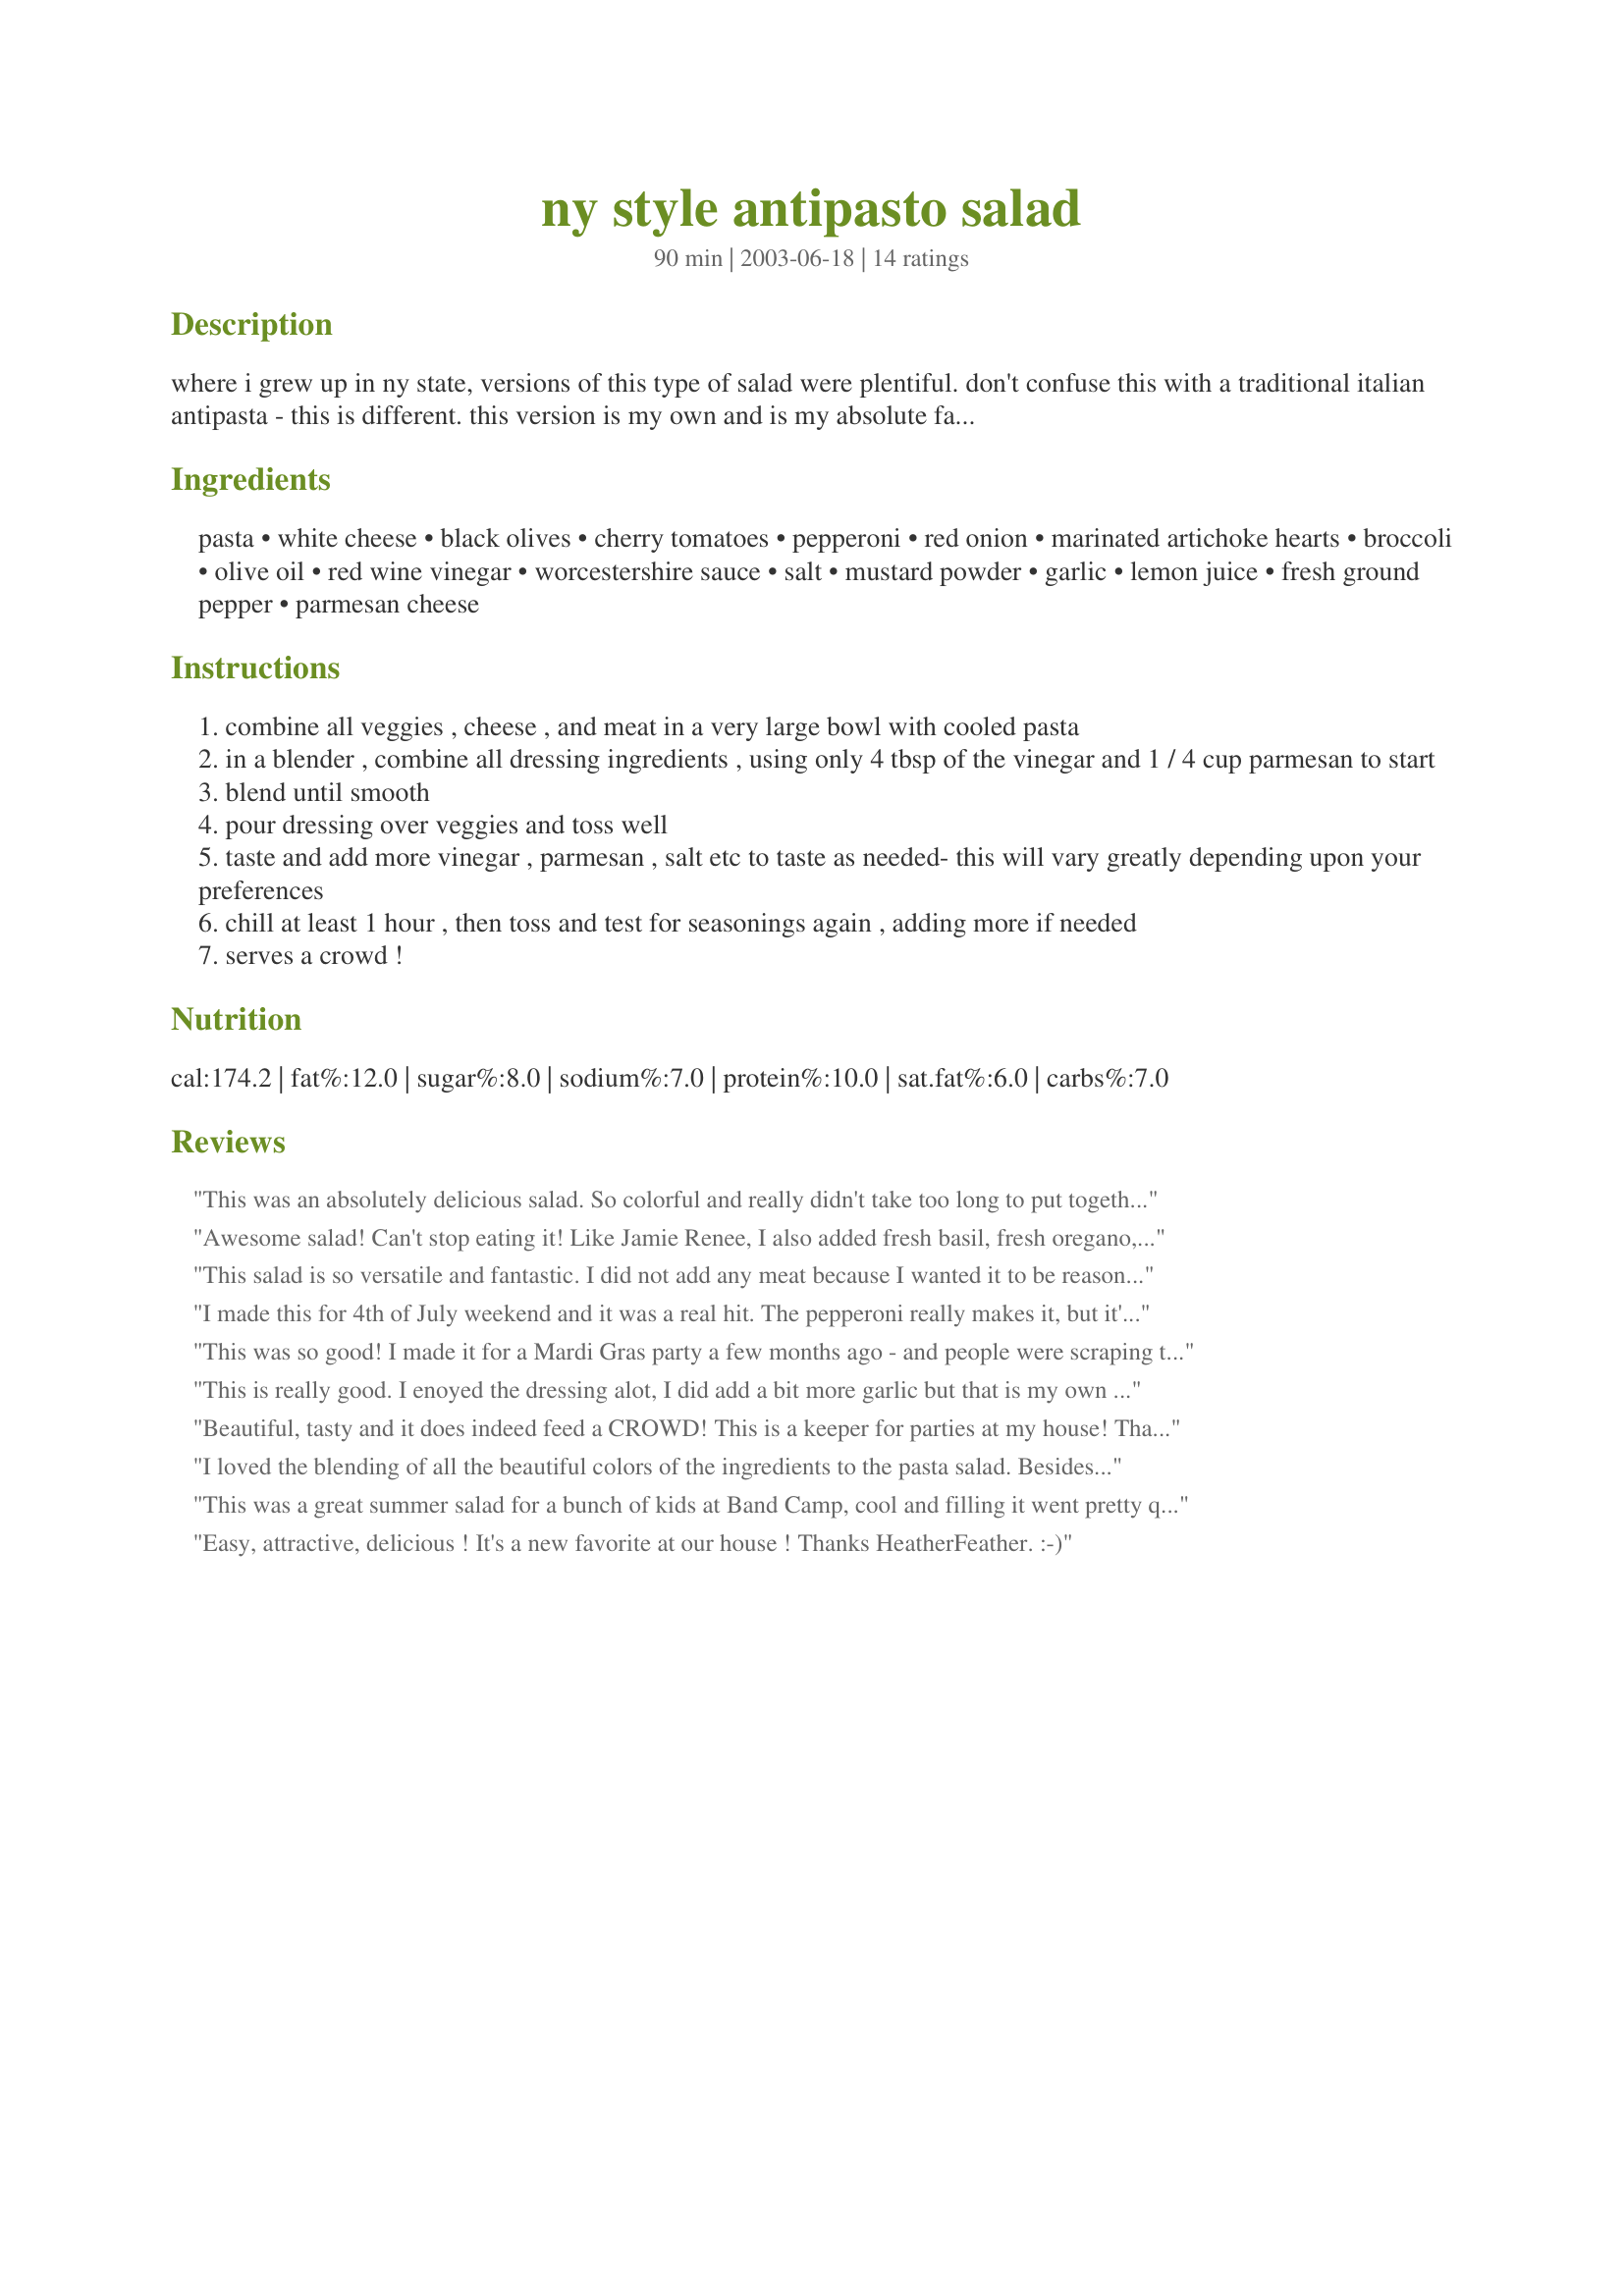
ny style antipasto salad
Preparation time: 90 minutes

where i grew up in ny state, versions of this type of salad were plentiful. don't confuse this with a traditional italian antipasta - this is different. this version is my own and is my absolute favorite pasta salad. i have brought this to many potlucks and it is always a big hit. i make this a lot during the summer and even serve a hearty portion of it for my lunch. it makes a ton - this is great for parties because it can be made a day ahead and keeps a couple of days covered in the fridge. prep time allows for chopping of veggies, etc and cooking the pasta. cook time is actually chilling time. i use skinner brand tri-color rotini spirals that come 12 ounces bags.

Ingredients:
pasta, white cheese, black olives, cherry tomatoes, pepperoni, red onion, marinated artichoke hearts, broccoli, olive oil, red wine vinegar, worcestershire sauce, salt, mustard powder, garlic, lemon juice, fresh ground pepper, parmesan cheese

Steps:
combine all veggies , cheese , and meat in a very large bowl with cooled pasta
in a blender , combine all dressing ingredients , using only 4 tbsp of the vinegar and 1 / 4 cup parmesan to start
blend until smooth
pour dressing over veggies and toss well
taste and add more vinegar , parmesan , salt etc to taste as needed- this will vary greatly depending upon your preferences
chill at least 1 hour , then toss and test for seasonings again , adding more if needed
serves a crowd !

Reviews:
This was an absolutely delicious salad. So colorful and really didn't take too long to put together. I made it the night before for my lunch the next day. Of course I had to downsize this for 2 to 4 people. Which wasn't really too hard to do. I used all the same ingredients. I used a mix of Monterey and Cheddar and I don't like canned olives so I used Kalamata olives. The dressing was delicious. I found in the morning I had to add just a bit more dressing to the mix because it had been a bit absorbed. This made for a very fantastic lunch with plenty left over still. Thanks again Heather Feather for this wonderful recipe. Definitely one I will make again.
Awesome salad! Can't stop eating it! Like Jamie Renee, I also added fresh basil, fresh oregano, and crushed red pepper. Next time, I will probably skip the broccoli (personal preference) and add peppercinis. Thanks HeatherFeather!
This salad is so versatile and fantastic. I did not add any meat because I wanted it to be reasonably low-fat and I forgot to buy the artichoke hearts. I wanted to use provolone but couldn't find it unsliced so I used mozzarella for the cheese. Yummy! This will be my official pasta salad from now on. Thanks for sharing the recipe.
I made this for 4th of July weekend and it was a real hit. The pepperoni really makes it, but it's also delicious without for the vegetarians. It disappeared very quickly! HeatherFeather is right, seasonings must be adjusted to taste. We liked ours a little spicier, so added more seasoning, but it's great in any case.
This was so good! I made it for a Mardi Gras party a few months ago - and people were scraping the bowl! Thanks for a great recipe. I will definitely be using it again.
This is really good. I enoyed the dressing alot, I did add a bit more garlic but that is my own thing. I used Genoa Salame as I wasn't sure if my youngest would want the spiciness of the pepperoni. I will be making this again!! Thanks for posting!!
~Karen
Beautiful, tasty and it does indeed feed a CROWD! This is a keeper for parties at my house! Thank you!
I loved the blending of all the beautiful colors of the ingredients to the pasta salad. Besides being delicious it was beautiful to look at and very appealing to the senses. However, I used only one package of 12 ounce pasta, one 2 ounce can of sliced black olives and salami instead of pepperoni. Great recipe for a large group.
This was a great summer salad for a bunch of kids at Band Camp, cool and filling it went pretty quickly. I loved the dressing, very tasty, thanks for the recipe Heather!
Easy, attractive, delicious ! It's a new favorite at our house !
Thanks HeatherFeather. :-)
Wow! This was a great hit! I thought, with all these ingredients, the tastes would jump out at you, but everything melded together beautifully. And talk about holding? Four days in the fridge and still fresh tasting. Will have this again, and soon! Thnx for posting your recipe, HF.
I agree that this a great for the summer. I use mozzarella for the cheese and bottled creamy Italian dressing. I have served the fixings tossed with 6 cups of salad greens instead of pasta and quite enjoy it that way.
This stole the show at my 4th of July party last night! When I got done making this, the bowl was ENORMOUS. My guests had double and triple helpings, and even went back into the fridge to finish the last of it after the fireworks were over. No leftovers for me. ;( I used all provolone, I quartered roma's, used genoa salami in place of pepperoni and omitted the broccoli because it seemed out of place. After tasting it, I'd stick with omitting the broccoli again. I used olive oil and tripled the garlic. Sheer perfection. Definitely high quality and taste. The marinated artichokes really sent this one over the top!
This pasta salad is FABULOUS!!! I used one box the new Barilla pasta(corkscrew) that has a ton of protein and the omega 3's in it. I also used Genoa Salami instead of pepperoni. I added some red and green bell pepper, and used about two tablespoons each of fresh minced oregano and basil. The dressing was the perfect amount for one box of the pasta I used. With the herbs and a couple dashes of crushed red pepper it had the perfect punch. I LOVED IT!!! It was exactly what I was looking for!!! THANK YOU!!!
